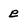
Character: e